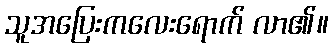
သူအပြေးကလေးရောက် လာ၏။